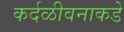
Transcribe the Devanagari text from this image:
कर्दळीवनाकडे